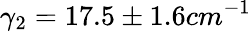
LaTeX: \gamma_{2}=17.5\pm 1.6cm^{-1}